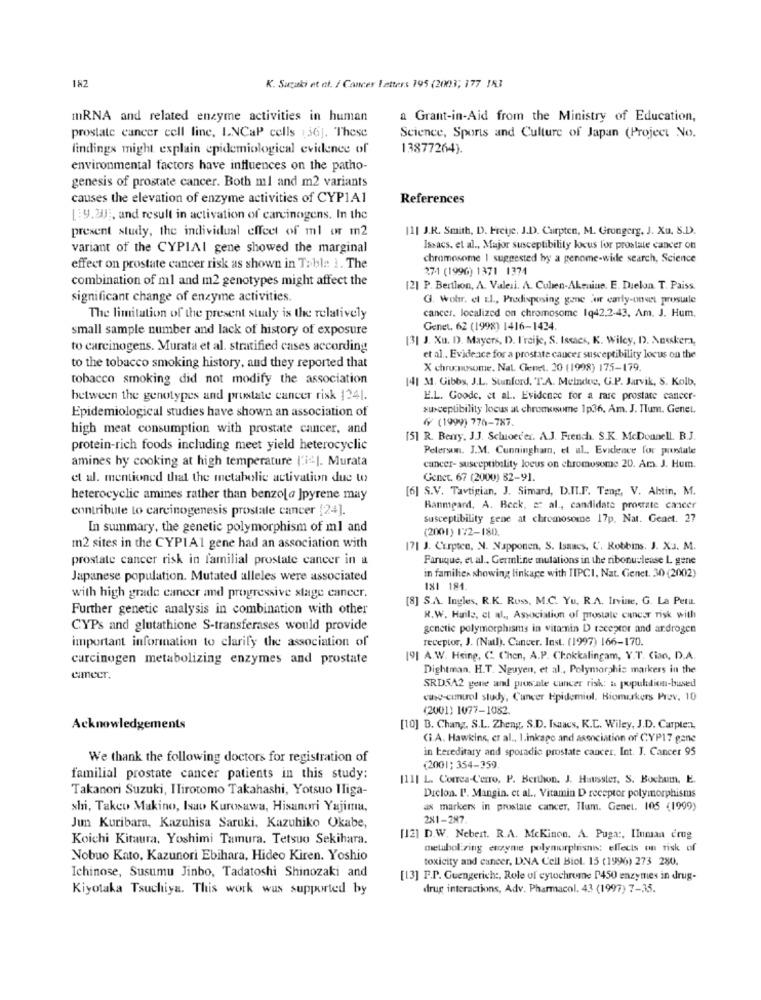
182
K. Suzuki et al. / Cancer Letters 195 (2003; 177 153
mRNA and related enzyme activities in human
a Grant-in-Aid from the Ministry of Education,
prostate cancer cell line, LNCaP cells (36]. These
Science, Sports and Culture of Japan (Project No.
findings might explain epidemiological evidence of
13877264).
environmental factors have influences on the patho-
genesis of prostate cancer. Both ml and m2 variants
causes the elevation of enzyme activities of CYP1A1
References
[:9.24], and result in activation of carcinogens. In the
present study, the individual effect of ml or m2
[1| J.R. Smith, D. Fretje. J.D. Curpten, M. Grongerg. J. Xu. S.D.
variant of the CYPIAl gene showed the marginal
Issacs, et al ., Major susceptibility locus for prostate cancer on
chromosome | suggested byy a genome-wide search, Science
effect on prostate cancer risk as shown in Table 1. The
27.1 (1996) 1371 1374
combination of ml and m2 genotypes might affect the
[2] P. Berthon, A. Valesi. A. Cullen-Akenine, E. Duelon. T. Paiss.
significant change of enzyme activities.
G. Wohr. el El ., Prodisposing gane or early-oneet prestale
The limitation of the present study is the relatively
cancer. localized on chromosome Iq42.2-43, Am. J. Hum.
small sample number and lack of history of exposure
Genet. 62 (1998) 1416-1424.
[3] J. Xu. D. Mayers, D. I'raije, S. Issack, K. Wiley, D. Nesskera,
to carcinogens. Murata et al. stratified cases according
et al ., Evidence for a prostate cancer susceptibility locus on the
to the tobacco smoking history, and they reported that
X chrucnusome. Nat. Cienet. 20 (1998) 175-179.
tobacco smoking did not modify the association
[4] M. Gibbs, J.L. Stanford, T.A. Meindee, G.P. Jarvik, S. Kolb,
between the genotypes and prostate cancer risk 1241.
E.L. Goodc. et al .. Evidence for a rare prostate cancer-
Epidemiological studies have shown an association of
susceptibility locus at chromosome 1p36, Am. J. Tum. Genel
4 (1999) 776-787.
high meat consumption with prostate cancer, and
[5] R. Benry, J.J. Schoeder. A.J. French. S.K. McDonnell. B.J.
protein-rich foods including meet yield heterocyclic
Petersen. J.M. Cunningham, et al .. Evidence for prostate
amines hy cooking at high temperature l'i ). Murata
cancer- susceptibility locus on chromosome 20. Am. J. Hum.
et al. mentioned that the metabolie activation due to
Genet. 67 (2000) 82-91.
[6] S.V. Tavtigian, J. Simard, D.IL.F. Teng, V. Abstin, M.
heterocyclic amines rather than benzol a ]pyrene may
contribute to carcinogenesis prostate cancer [24].
Banmpard, A. Beck, et al ., candidate proerate cancer
Susceptibility gene at chromosome 17p, Nat. Genet. 27
In summary, the genetic polymorphism of ml and
(2001) 172-180.
m2 sites in the CYPIA1 gene had an association with
171 J. Curpten, N. Napponen, S. Isaacs, C'. Robbins. J. X:J. M.
prostate cancer risk in familial prostate cancer in a
Faruque, et al ., Germline mulations in the ribonuclease L gene
Japanese population. Mutated alleles were associated
in families showing linkage with TIPCI, Nat. Genet. 30 (2002)
181 184
with high grade cancer and progressive stage cancer.
[8] S.A. Ingles, R.K. Russ, M.C. Yu, R.A. Irvine, G. La Petu.
Further genetic analysis in combination with other
R.W. Huile, et al ., Association of prostate cancer risk with
CYPs and glutathione S-transferases would provide
genetic polymorphisms in vitamin D receptor and ardrogen
important information to clarify the association of
receptor, J. (Natl). Cancer. Inst. (1997) 166-170.
carcinogen metabolizing enzymes and prostate
[9] A.W. Hsing, C. Chen, A.P. Chokkalingam, V.T. Ciao, D.A.
Dightman. H.T. Nguyen, et al ., Polymorphis markers in the
emeer.
SRD512 gene and prostate cancer risk: & population-based
canc-cumurol study, Cancer Epidemiol, Biomarkers Prev. 10
(2001) 1077-1082.
Acknowle
ments
[10] B. Chang, S.L. Zheng, S.D. Isaacs, K.C. Wiley, J.D. Carpten,
(i.A. Hawkins, et al ., I.inkage and association of CYP17 gane
in hereditary and sporadic prostate cancer. Int. J. Cancer 95
We thank the following doctors for registration of
(2001; 354-359
familial prostate cancer patients in this study:
111| L. Comrca-C'erro, P. Berthon. J. Haussler, S. Bochum, E.
Takanori Suzuki, ITirotomo Takahashi, Yotsuo Iliga-
Dicion. I'. Mangin. et al ., Vitamin D receptor polymorphisms
shi, Takeo Makino, Isaw Kurosawa, Hisunori Yajima,
ax markers in prostate cancer, Ilum. Genel. 105 (1999)
281-287.
Jun Kuribara, Kazuhisa Saruki, Kazuhiko Okabe,
Koichi Kitaura. Yoshimi Tamura. Tetsuo Sekihara.
[12] D.W. Nebert. R.A. McKinon. A. Puga :, IInman erug
metabolizing enzyme polymorphisno: ellects on risk of
Nobuo Kato, Kazunori Ebihara, Hideo Kiren. Yoshio
toxicity and cancer, DNA Cell Biol. 15 (1996) 273 280.
Ichinose, Susumu Jinbo, Tadatoshi Shinozaki and
[13] F.P. Guengerich :, Role of cytochrome P450 enzymes in drug-
Kiyotaka Tsuchiya. This work was supported by
drug interactions, Adv. Pharmacol. 43 (1997) 7-35.